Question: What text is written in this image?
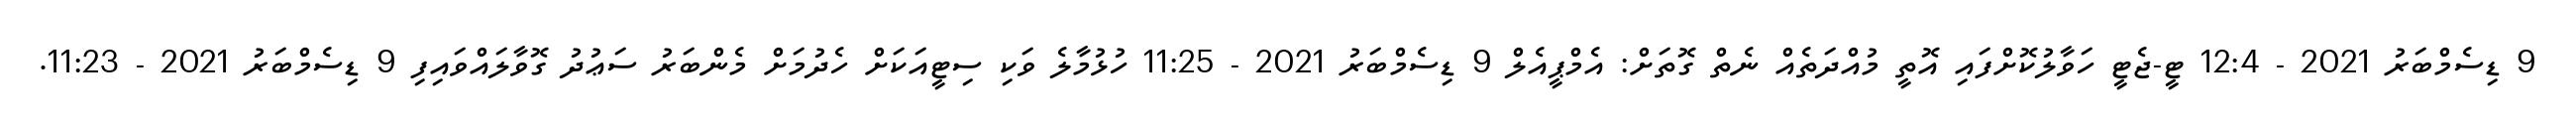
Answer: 9 ޑިސެމްބަރު 2021 - 12:4 ޓީ-ޖެޓީ ހަވާލުކޮށްފައި އޮތީ މުއްދަތެއް ނެތް ގޮތަށް: އެމްޕީއެލް 9 ޑިސެމްބަރު 2021 - 11:25 ހުޅުމާލެ ވަކި ސިޓީއަކަށް ހެދުމަށް މެންބަރު ސަޢުދު ގޮވާލައްވައިފި 9 ޑިސެމްބަރު 2021 - 11:23.